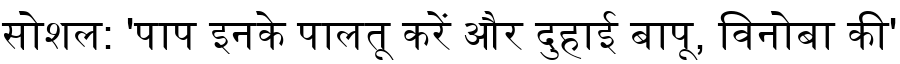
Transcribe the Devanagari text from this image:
सोशल: 'पाप इनके पालतू करें और दुहाई बापू, विनोबा की'